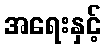
အရေးနှင့်